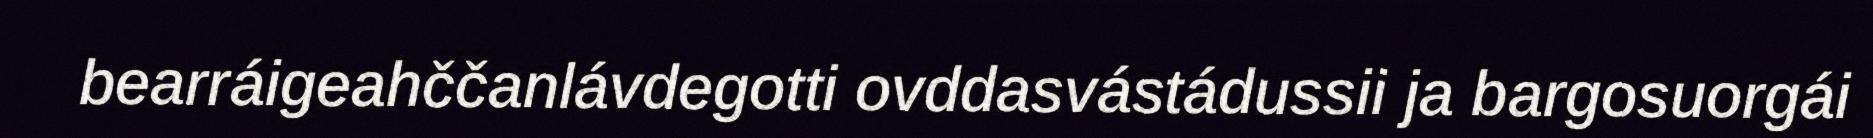
bearráigeahččanlávdegotti ovddasvástádussii ja bargosuorgái